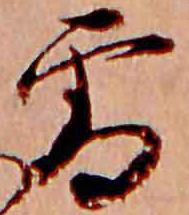
雪